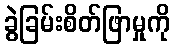
ခွဲခြမ်းစိတ်ဖြာမှုကို